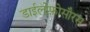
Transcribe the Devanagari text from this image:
डाईलोफ़ोसौरस